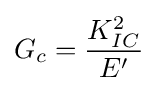
G_{c}={\frac {K_{IC}^{2}}{E'}}